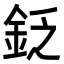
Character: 𨥧